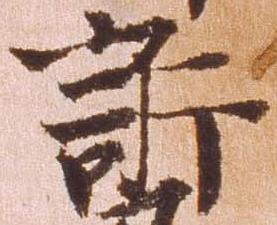
訴